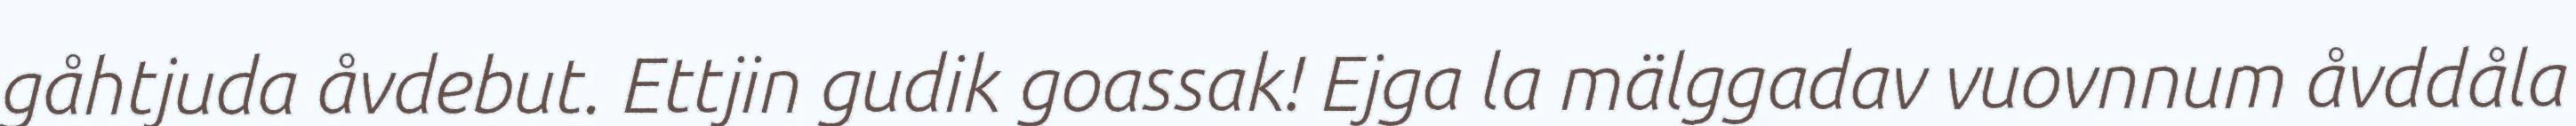
gåhtjuda åvdebut. Ettjin gudik goassak! Ejga la mälggadav vuovnnum åvddåla